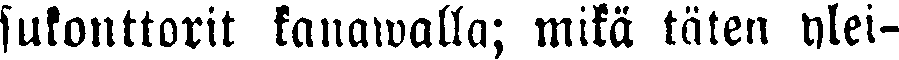
sukonttorit kanawalla; mikä täten ylei-